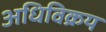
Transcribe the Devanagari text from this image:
अधिविक्रय